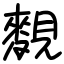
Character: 麲